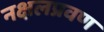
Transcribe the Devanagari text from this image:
नक्षलप्रवण